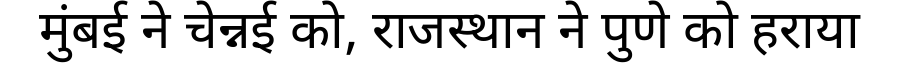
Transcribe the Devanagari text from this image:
मुंबई ने चेन्नई को, राजस्थान ने पुणे को हराया